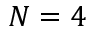
N = 4